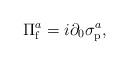
\begin{align*}\Pi_{\rm f}^{a}= i\partial_{0}\sigma_{\rm p}^{a},\end{align*}